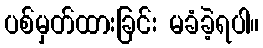
ပစ်မှတ်ထားခြင်း မခံခဲ့ရပါ။